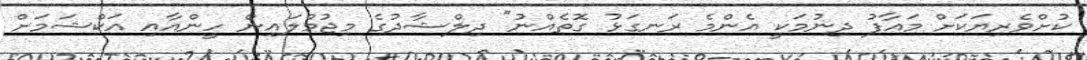
ކުށްވެރިޔަކަށް މައާފު ދިނުމަކީ އެންމެ ރަނގަޅު ގޮތެއްނު" ދިލްޝާދުގެ މިޖުމްލައިން ހީންއާއި އަކްޝަމަށް